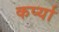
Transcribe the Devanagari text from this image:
कर्प्या